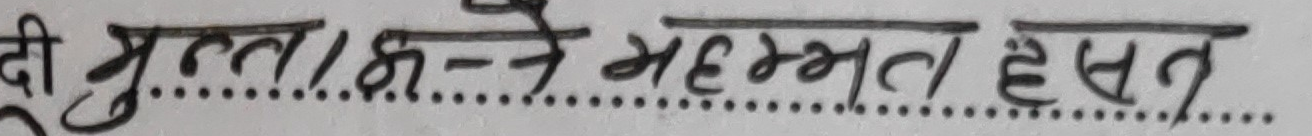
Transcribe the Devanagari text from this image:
दी मुल्ला/झन्चे महम्मद हुसैन